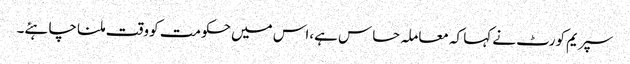
سپریم کورٹ نے کہا کہ معاملہ حساس ہے،اس میں حکومت کو وقت ملنا چاہئے۔